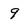
Character: 9